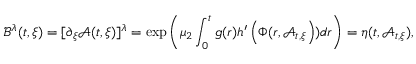
\mathcal { B } ^ { \lambda } ( t , \xi ) = [ \partial _ { \xi } \mathcal { A } ( t , \xi ) ] ^ { \lambda } = \exp \left( \mu _ { 2 } \int _ { 0 } ^ { t } g ( r ) h ^ { \prime } \left( \Phi ( r , \mathcal { A } _ { t , \xi } \right) ) d r \right) = \eta ( t , \mathcal { A } _ { t , \xi } ) ,